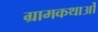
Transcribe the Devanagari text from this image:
ग्रामकथाओं